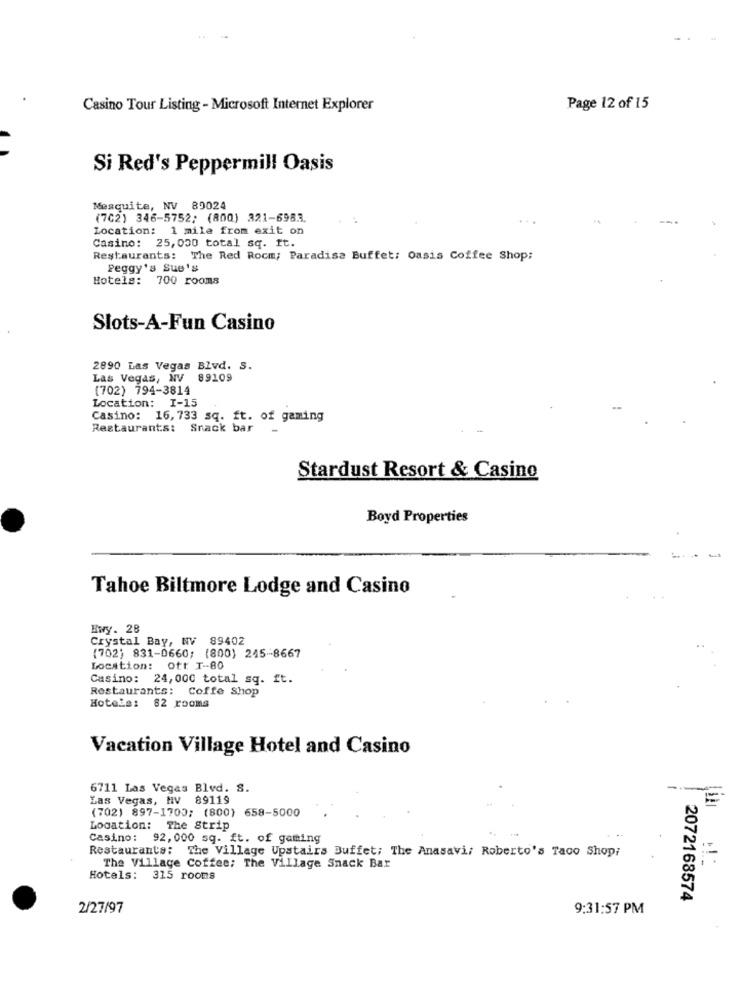
Casino Tour Listing - Microsoft Internet Explorer
Page 12 of 15
Si Red's Peppermill Oasis
Mesquite, NV 89024
(702) 346-5752; (800) 321-6983.
...
Location: 1 mile from exit on
Casino: 25,000 total sq. ft.
Restaurants: The Red Rocm; Paradise Buffet: Oasis Coffee Shop;
Peggy's Sue's
Hotels: 700 rooms
Slots-A-Fun Casino
2890 Las Vegas Blvd. S.
Las Vegas, NV 89109
(702) 794-3814
Location: 1-15
Casino: 16, 733 sq. ft. of gaming
Restaurants: Snack bar
Stardust Resort & Casino
Boyd Properties
Tahoe Biltmore Lodge and Casino
Hwy. 28
Crystal Bay, NV 89402
(702) 831-0660; (800) 245-8667
Location: ott T-80
Casino: 24,000 total sq. ft.
Restaurants: Coffe Shop
Hotele: 82 rooms
Vacation Village Hotel and Casino
6711 Las Vegas Blvd. S.
Las Vegas, NV 89119
=
(702) 897-1700; (800) 658-5000
Location: The Strip
Casino: 92,000 sq. ft. of gaming
Restaurants: The Village Upstairs Buffet; The Anasavi: Roberto's Taco Shopi
The Village Coffee; The Village Snack Bar
Hotels: 315 rooms
2072168574
2/27/97
9:31:57 PM